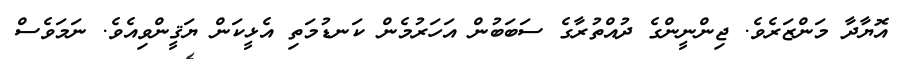
އޮޔާދާ މަންޒަރެވެ. ޖިންނީންގެ ދުއްތުރާގެ ސަބަބުން އަހަރުމެން ކަނޑުމަތި އެޅީކަން ޔަޤީންވިއެވެ. ނަމަވެސް